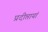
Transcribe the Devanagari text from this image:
प्रदीप्तायां